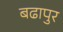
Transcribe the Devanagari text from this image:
बढापुर